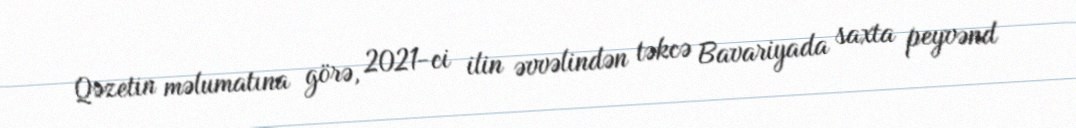
Qəzetin məlumatına görə, 2021-ci ilin əvvəlindən təkcə Bavariyada saxta peyvənd